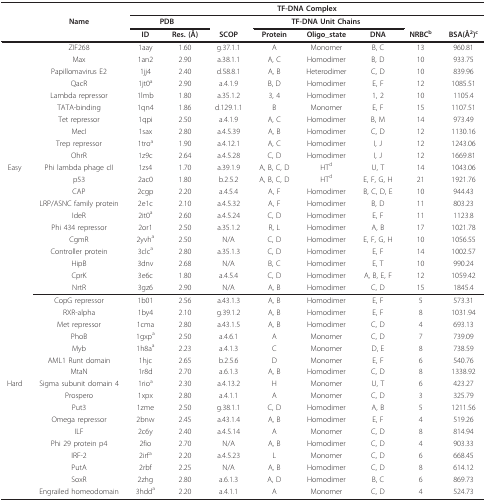
<table><thead><tr><td></td><td></td><td colspan="8"><b>TF-DNA Complex</b></td></tr><tr><td></td><td><b>Name</b></td><td colspan="2"><b>PDB</b></td><td></td><td colspan="3"><b>TF-DNA Unit Chains</b></td><td></td><td></td></tr><tr><td></td><td></td><td><b>ID</b></td><td><b>Res. (Å)</b></td><td><b>SCOP</b></td><td><b>Protein</b></td><td><b>Oligo_state</b></td><td><b>DNA</b></td><td><b>NRBC<sup>b</sup></b></td><td><b>BSA(Å<sup>2</sup>)<sup>c</sup></b></td></tr></thead><tbody><tr><td></td><td>ZIF268</td><td>1aay</td><td>1.60</td><td>g.37.1.1</td><td>A</td><td>Monomer</td><td>B, C</td><td>13</td><td>960.81</td></tr><tr><td></td><td>Max</td><td>1an2</td><td>2.90</td><td>a.38.1.1</td><td>A, C</td><td>Homodimer</td><td>B, D</td><td>10</td><td>933.75</td></tr><tr><td></td><td>Papillomavirus E2</td><td>1jj4</td><td>2.40</td><td>d.58.8.1</td><td>A, B</td><td>Heterodimer</td><td>C, D</td><td>10</td><td>839.96</td></tr><tr><td></td><td>QacR</td><td>1jt0<sup>a</sup></td><td>2.90</td><td>a.4.1.9</td><td>B, D</td><td>Homodimer</td><td>E, F</td><td>12</td><td>1085.51</td></tr><tr><td></td><td>Lambda repressor</td><td>1lmb</td><td>1.80</td><td>a.35.1.2</td><td>3, 4</td><td>Homodimer</td><td>1, 2</td><td>10</td><td>1105.4</td></tr><tr><td></td><td>TATA-binding</td><td>1qn4</td><td>1.86</td><td>d.129.1.1</td><td>B</td><td>Monomer</td><td>E, F</td><td>15</td><td>1107.51</td></tr><tr><td></td><td>Tet repressor</td><td>1qpi</td><td>2.50</td><td>a.4.1.9</td><td>A, C</td><td>Homodimer</td><td>B, M</td><td>14</td><td>973.49</td></tr><tr><td></td><td>MecI</td><td>1sax</td><td>2.80</td><td>a.4.5.39</td><td>A, B</td><td>Homodimer</td><td>C, D</td><td>12</td><td>1130.16</td></tr><tr><td></td><td>Trep repressor</td><td>1tro<sup>a</sup></td><td>1.90</td><td>a.4.12.1</td><td>A, C</td><td>Homodimer</td><td>I, J</td><td>12</td><td>1243.06</td></tr><tr><td></td><td>OhrR</td><td>1z9c</td><td>2.64</td><td>a.4.5.28</td><td>C, D</td><td>Homodimer</td><td>I, J</td><td>12</td><td>1669.81</td></tr><tr><td>Easy</td><td>Phi lambda phage cII</td><td>1zs4</td><td>1.70</td><td>a.39.1.9</td><td>A, B, C, D</td><td>HT<sup>d</sup></td><td>U, T</td><td>14</td><td>1043.06</td></tr><tr><td></td><td>p53</td><td>2ac0</td><td>1.80</td><td>b.2.5.2</td><td>A, B, C, D</td><td>HT<sup>d</sup></td><td>E, F, G, H</td><td>21</td><td>1921.76</td></tr><tr><td></td><td>CAP</td><td>2cgp</td><td>2.20</td><td>a.4.5.4</td><td>A, F</td><td>Homodimer</td><td>B, C, D, E</td><td>10</td><td>944.43</td></tr><tr><td></td><td>LRP/ASNC family protein</td><td>2e1c</td><td>2.10</td><td>a.4.5.32</td><td>A, F</td><td>Homodimer</td><td>B, D</td><td>11</td><td>803.23</td></tr><tr><td></td><td>IdeR</td><td>2it0<sup>a</sup></td><td>2.60</td><td>a.4.5.24</td><td>C, D</td><td>Homodimer</td><td>E, F</td><td>11</td><td>1123.8</td></tr><tr><td></td><td>Phi 434 repressor</td><td>2or1</td><td>2.50</td><td>a.35.1.2</td><td>R, L</td><td>Homodimer</td><td>A, B</td><td>17</td><td>1021.78</td></tr><tr><td></td><td>CgmR</td><td>2yvh<sup>a</sup></td><td>2.50</td><td>N/A</td><td>C, D</td><td>Homodimer</td><td>E, F, G, H</td><td>10</td><td>1056.55</td></tr><tr><td></td><td>Controller protein</td><td>3clc<sup>a</sup></td><td>2.80</td><td>a.35.1.3</td><td>C, D</td><td>Homodimer</td><td>E, F</td><td>14</td><td>1002.57</td></tr><tr><td></td><td>HipB</td><td>3dnv</td><td>2.68</td><td>N/A</td><td>B, C</td><td>Homodimer</td><td>E, T</td><td>10</td><td>990.24</td></tr><tr><td></td><td>CprK</td><td>3e6c</td><td>1.80</td><td>a.4.5.4</td><td>C, D</td><td>Homodimer</td><td>A, B, E, F</td><td>12</td><td>1059.42</td></tr><tr><td></td><td>NrtR</td><td>3gz6</td><td>2.90</td><td>N/A</td><td>A, B</td><td>Homodimer</td><td>C, D</td><td>15</td><td>1845.4</td></tr><tr><td></td><td>CopG repressor</td><td>1b01</td><td>2.56</td><td>a.43.1.3</td><td>A, B</td><td>Homodimer</td><td>E, F</td><td>5</td><td>573.31</td></tr><tr><td></td><td>RXR-alpha</td><td>1by4</td><td>2.10</td><td>g.39.1.2</td><td>A, B</td><td>Homodimer</td><td>E, F</td><td>8</td><td>1031.94</td></tr><tr><td></td><td>Met repressor</td><td>1cma</td><td>2.80</td><td>a.43.1.5</td><td>A, B</td><td>Homodimer</td><td>C, D</td><td>4</td><td>693.13</td></tr><tr><td></td><td>PhoB</td><td>1gxp<sup>a</sup></td><td>2.50</td><td>a.4.6.1</td><td>A</td><td>Monomer</td><td>C, D</td><td>7</td><td>739.09</td></tr><tr><td></td><td>Myb</td><td>1h8a<sup>a</sup></td><td>2.23</td><td>a.4.1.3</td><td>C</td><td>Monomer</td><td>D, E</td><td>8</td><td>738.59</td></tr><tr><td></td><td>AML1 Runt domain</td><td>1hjc</td><td>2.65</td><td>b.2.5.6</td><td>D</td><td>Monomer</td><td>E, F</td><td>6</td><td>540.76</td></tr><tr><td></td><td>MtaN</td><td>1r8d</td><td>2.70</td><td>a.6.1.3</td><td>A, B</td><td>Homodimer</td><td>C, D</td><td>8</td><td>1338.92</td></tr><tr><td>Hard</td><td>Sigma subunit domain 4</td><td>1rio<sup>a</sup></td><td>2.30</td><td>a.4.13.2</td><td>H</td><td>Monomer</td><td>U, T</td><td>6</td><td>423.27</td></tr><tr><td></td><td>Prospero</td><td>1xpx</td><td>2.80</td><td>a.4.1.1</td><td>A</td><td>Monomer</td><td>C, D</td><td>3</td><td>325.79</td></tr><tr><td></td><td>Put3</td><td>1zme</td><td>2.50</td><td>g.38.1.1</td><td>C, D</td><td>Homodimer</td><td>A, B</td><td>5</td><td>1211.56</td></tr><tr><td></td><td>Omega repressor</td><td>2bnw</td><td>2.45</td><td>a.43.1.4</td><td>A, B</td><td>Homodimer</td><td>E, F</td><td>4</td><td>519.26</td></tr><tr><td></td><td>ILF</td><td>2c6y</td><td>2.40</td><td>a.4.5.14</td><td>A</td><td>Monomer</td><td>C, D</td><td>8</td><td>814.94</td></tr><tr><td></td><td>Phi 29 protein p4</td><td>2fio</td><td>2.70</td><td>N/A</td><td>A, B</td><td>Homodimer</td><td>C, D</td><td>4</td><td>903.33</td></tr><tr><td></td><td>IRF-2</td><td>2irf<sup>a</sup></td><td>2.20</td><td>a.4.5.23</td><td>L</td><td>Monomer</td><td>C, D</td><td>6</td><td>668.45</td></tr><tr><td></td><td>PutA</td><td>2rbf</td><td>2.25</td><td>N/A</td><td>A, B</td><td>Homodimer</td><td>C, D</td><td>8</td><td>614.12</td></tr><tr><td></td><td>SoxR</td><td>2zhg</td><td>2.80</td><td>a.6.1.3</td><td>A, D</td><td>Homodimer</td><td>B, C</td><td>6</td><td>869.73</td></tr><tr><td></td><td>Engrailed homeodomain</td><td>3hdd<sup>a</sup></td><td>2.20</td><td>a.4.1.1</td><td>A</td><td>Monomer</td><td>C, D</td><td>4</td><td>524.73</td></tr></tbody></table>